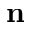
\mathbf { n }